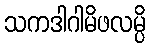
သကဒါဂါမိဖလမ္ပိ